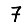
Digit: 7